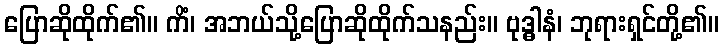
ပြောဆိုထိုက်၏။ ကိံ၊ အဘယ်သို့ပြောဆိုထိုက်သနည်း။ ဗုဒ္ဓါနံ၊ ဘုရားရှင်တို့၏။